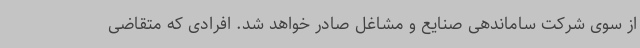
از سوی شرکت ساماندهی صنایع و مشاغل صادر خواهد شد. افرادی که متقاضی